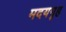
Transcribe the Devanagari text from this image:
मदयगृह